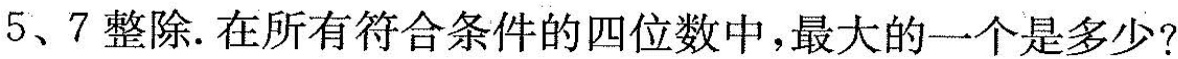
5、7整除。在所有符合条件的四位数中，最大的一个是多少?